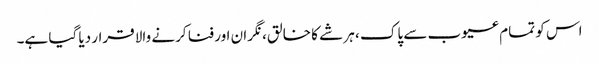
اس کو تمام عیوب سے پاک ، ہر شے کا خالق، نگران اور فنا کرنے والا قرار دیا گیا ہے۔